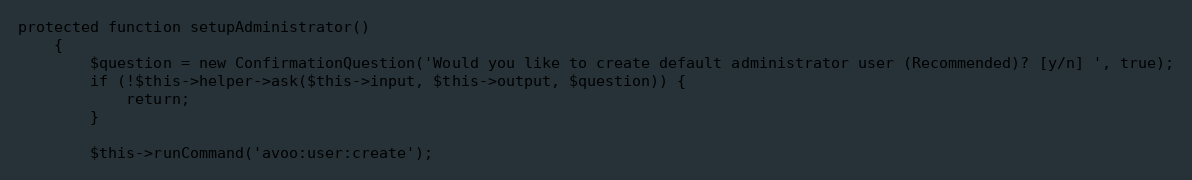
Language: PHP
protected function setupAdministrator()
    {
        $question = new ConfirmationQuestion('Would you like to create default administrator user (Recommended)? [y/n] ', true);
        if (!$this->helper->ask($this->input, $this->output, $question)) {
            return;
        }

        $this->runCommand('avoo:user:create');